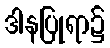
ဒါနပြုရာ၌